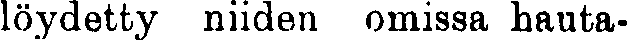
löydetty niiden omissa hauta-